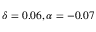
\delta = 0 . 0 6 , \alpha = - 0 . 0 7